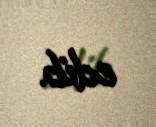
edib.